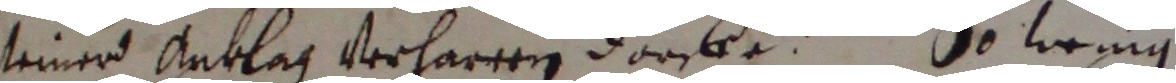
seiner anklag verharren dorcke. So wenng